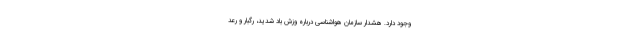
وجود دارد. هشدار سازمان هواشناسی درباره وزش باد شدید، رگبار و رعد